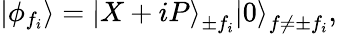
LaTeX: \left|{{\phi}_{{{f}_{i}}}}\right\rangle={{\left|X+iP\right\rangle}_{\pm{{f}_{i}}}}{{\left|0\right\rangle}_{f\ne\pm{{f}_{i}}}},